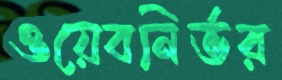
ওয়েবনির্ভর